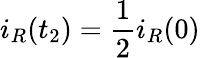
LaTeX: i_{R}(t_{2})=\frac{1}{2}i_{R}(0)